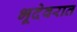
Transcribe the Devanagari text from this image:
भूदेवरात